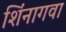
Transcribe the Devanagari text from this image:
शिंनागवा